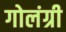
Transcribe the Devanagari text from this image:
गोलंग्री